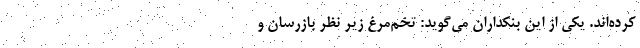
کرده‌اند. یکی از این بنکداران می‌گوید: تخم‌مرغ زیر نظر بازرسان و